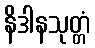
နိဒါနသုတ္တံ